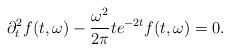
LaTeX: \begin{align*}\partial_t^2 f(t,\omega)-\frac{\omega^2}{2\pi} t e^{-2t} f(t,\omega)=0.\end{align*}